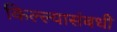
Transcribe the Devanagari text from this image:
किल्ल्यासंबधी